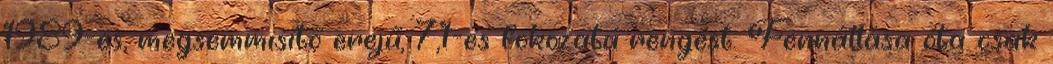
1989-es, megsemmisítő erejű, 7,1-es fokozatú rengést. Fennállása óta csak